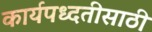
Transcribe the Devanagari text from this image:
कार्यपध्दतीसाठी